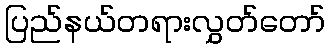
ပြည်နယ်တရားလွှတ်တော်